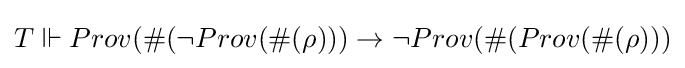
T\Vdash Prov(\#(\neg Prov(\#(\rho )))\rightarrow \neg Prov(\#(Prov(\#(\rho )))